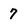
Character: 7